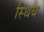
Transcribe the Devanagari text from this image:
स्थिय